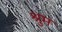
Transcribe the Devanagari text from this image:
श्रुम